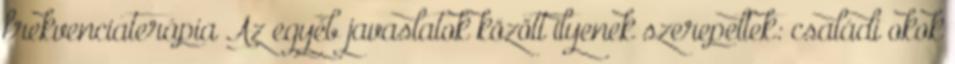
frekvenciaterápia Az egyéb javaslatok között ilyenek szerepeltek: családi okok